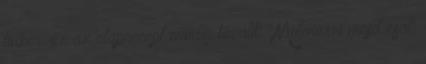
linzer: ez az alaprecept mindig beválik "Motorozni majd csak